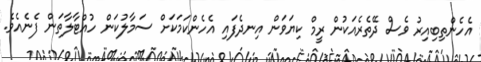
އެހެންތިބިއިރު ވެސް ދޭތެރެއަކުން ރީމް ކިޔަވަން އިނދެފައި އެހެންކަމަކަށް ސަމާލުކަން ހުއްޓާލާތަން ފެނެއެވެ.